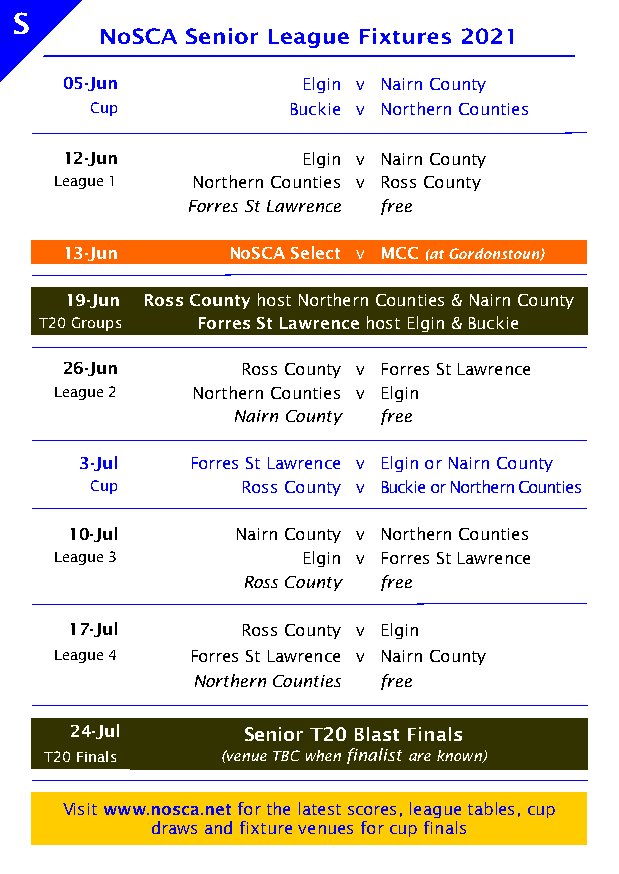
S
 05-Jun          Elgin v Nairn County
 Cup          Buckie v Northern Counties
 12-Jun          Elgin v Nairn County
 League 1 Northern Counties v Ross County
 Forres St Lawrence free
 13-Jun     NoSCA Select v MCC
 19-Jun Ross County host Northern Counties & Nairn County
 T20 Groups Forres St Lawrence host Elgin & Buckie
 26-Jun      Ross County v Forres St Lawrence
 League 2 Northern Counties v Elgin
 Nairn County free
 3-Jul   Forres St Lawrence v Elgin or Nairn County
 Cup       Ross County v Buckie or Northern Counties
 10-Jul     Nairn County v Northern Counties
 League 3        Elgin v Forres St Lawrence
 Ross County free
 17-Jul     Ross County v Elgin
 League 4 Forres St Lawrence v Nairn County
 Northern Counties free
 24-Jul     Senior T20 Blast Finals
 T20 Finals  (venue TBC when finalist are known)
 Visit www.nosca.net for the latest scores, league tables, cup
 draws and fixture venues for cup finals